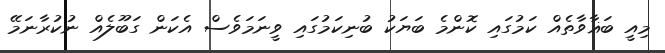
މިއީ ބަޣާވާތެއް ކަމުގައި ކޮންމެ ބަޔަކު ބުނިކަމުގައި ވީނަމަވެސް އެކަން ގަބޫލެއް ނުކުރާނަމޭ